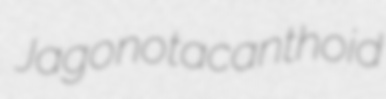
Jago notacanthoid